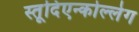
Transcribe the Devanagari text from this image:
स्तूदिएन्कोल्लेग